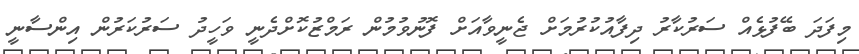
މިފަދަ ބޭފުޅެއް ސަރުކާރު ދިފާއުކުރުމަށް ޖެނީވާއަށް ފޮނުވުމުން ރަމްޒުކޮށްދެނީ ވަހީދު ސަރުކަރުން އިންސާނީ